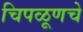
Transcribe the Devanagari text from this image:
चिपळूणचे